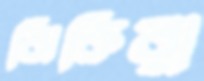
ঝিকিরা